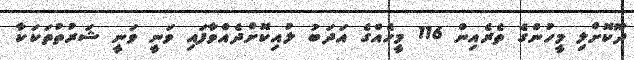
ދޫކޮށްލި މީހުންގެ ތެރެއިން 116 މީހެއްގެ އަދަބު ލުއިކޮށްދެއްވާފައި ވަނީ ވަނީ ޝަރުތުތަކަކާ